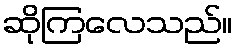
ဆိုကြလေသည်။